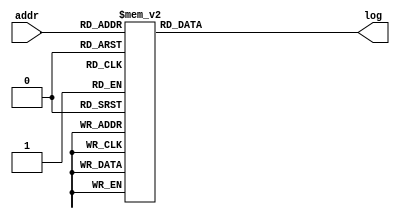
`define DEFINES_DONE
`define EXPONENT 5
`define MANTISSA 10
`define SIGN 1
`define DATAWIDTH (`SIGN+`EXPONENT+`MANTISSA)
`define IEEE_COMPLIANCE 1
`define NUM 8
`define ADDRSIZE 7
`define ADDRSIZE_FOR_TB 10
`define EXPONENT 5
`define MANTISSA 10
`define ACTUAL_MANTISSA 11
`define EXPONENT_LSB 10
`define EXPONENT_MSB 14
`define MANTISSA_LSB 0
`define MANTISSA_MSB 9
`define MANTISSA_MUL_SPLIT_LSB 3
`define MANTISSA_MUL_SPLIT_MSB 9
`define SIGN 1
`define SIGN_LOC 15
`define DWIDTH (`SIGN+`EXPONENT+`MANTISSA)
`define IEEE_COMPLIANCE 1
`define EXPONENT 5
`define MANTISSA 10
`define ACTUAL_MANTISSA 11
`define EXPONENT_LSB 10
`define EXPONENT_MSB 14
`define MANTISSA_LSB 0
`define MANTISSA_MSB 9
`define MANTISSA_MUL_SPLIT_LSB 3
`define MANTISSA_MUL_SPLIT_MSB 9
`define SIGN 1
`define SIGN_LOC 15
`define DWIDTH (`SIGN+`EXPONENT+`MANTISSA)
`define IEEE_COMPLIANCE 1
`define EXPONENT 5
`define MANTISSA 10
`define ACTUAL_MANTISSA 11
`define EXPONENT_LSB 10
`define EXPONENT_MSB 14
`define MANTISSA_LSB 0
`define MANTISSA_MSB 9
`define MANTISSA_MUL_SPLIT_LSB 3
`define MANTISSA_MUL_SPLIT_MSB 9
`define SIGN 1
`define SIGN_LOC 15
`define DWIDTH (`SIGN+`EXPONENT+`MANTISSA)
`define IEEE_COMPLIANCE 1

module LUT1(addr, log);
    input [4:0] addr;
    output reg [15:0] log;

    always @(addr) begin
        case (addr)
			5'b0 		: log = 16'b1111110000000000;
			5'b1 		: log = 16'b1100100011011010;
			5'b10 		: log = 16'b1100100010000001;
			5'b11 		: log = 16'b1100100000101001;
			5'b100 		: log = 16'b1100011110100000;
			5'b101 		: log = 16'b1100011011101110;
			5'b110 		: log = 16'b1100011000111101;
			5'b111 		: log = 16'b1100010110001100;
			5'b1000 		: log = 16'b1100010011011010;
			5'b1001 		: log = 16'b1100010000101001;
			5'b1010 		: log = 16'b1100001011101110;
			5'b1011 		: log = 16'b1100000110001100;
			5'b1100 		: log = 16'b1100000000101001;
			5'b1101 		: log = 16'b1011110110001100;
			5'b1110 		: log = 16'b1011100110001100;
			5'b1111 		: log = 16'b0000000000000000;
			5'b10000 		: log = 16'b0011100110001100;
			5'b10001 		: log = 16'b0011110110001100;
			5'b10010 		: log = 16'b0100000000101001;
			5'b10011 		: log = 16'b0100000110001100;
			5'b10100 		: log = 16'b0100001011101110;
			5'b10101 		: log = 16'b0100010000101001;
			5'b10110 		: log = 16'b0100010011011010;
			5'b10111 		: log = 16'b0100010110001100;
			5'b11000 		: log = 16'b0100011000111101;
			5'b11001 		: log = 16'b0100011011101110;
			5'b11010 		: log = 16'b0100011110100000;
			5'b11011 		: log = 16'b0100100000101001;
			5'b11100 		: log = 16'b0100100010000001;
			5'b11101 		: log = 16'b0100100011011010;
			5'b11110 		: log = 16'b0100100100110011;
			5'b11111 		: log = 16'b0111110000000000;
        endcase
    end
endmodule